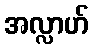
အလ္လာဟ်